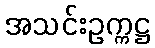
အသင်းဥက္ကဋ္ဌ